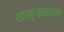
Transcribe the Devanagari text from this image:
शहामृगासारखा